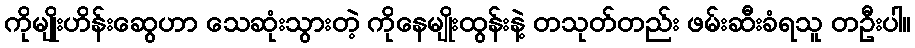
ကိုမျိုးဟိန်းဆွေဟာ သေဆုံးသွားတဲ့ ကိုနေမျိုးထွန်းနဲ့ တသုတ်တည်း ဖမ်းဆီးခံရသူ တဦးပါ။